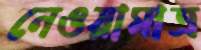
নেওয়ামাত্র